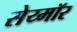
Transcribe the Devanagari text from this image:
सेय्मॉर